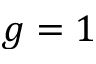
g = 1